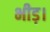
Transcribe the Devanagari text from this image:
भीड़।